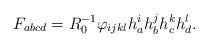
LaTeX: \begin{align*}F_{abcd}=R_0^{-1}\varphi _{ijkl}h_a^ih_b^jh_c^kh_d^l. \end{align*}